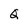
Character: Q